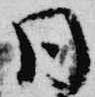
同